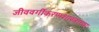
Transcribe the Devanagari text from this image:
जीववर्गीकरणशास्त्राच्या